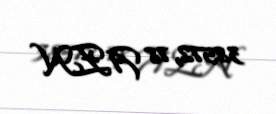
38572,78 AZN